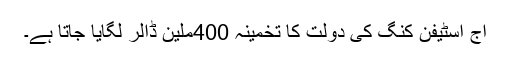
آج اسٹیفن کنگ کی دولت کا تخمینہ 400ملین ڈالر لگایا جاتا ہے۔